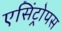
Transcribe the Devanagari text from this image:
एसिंट्रोपस